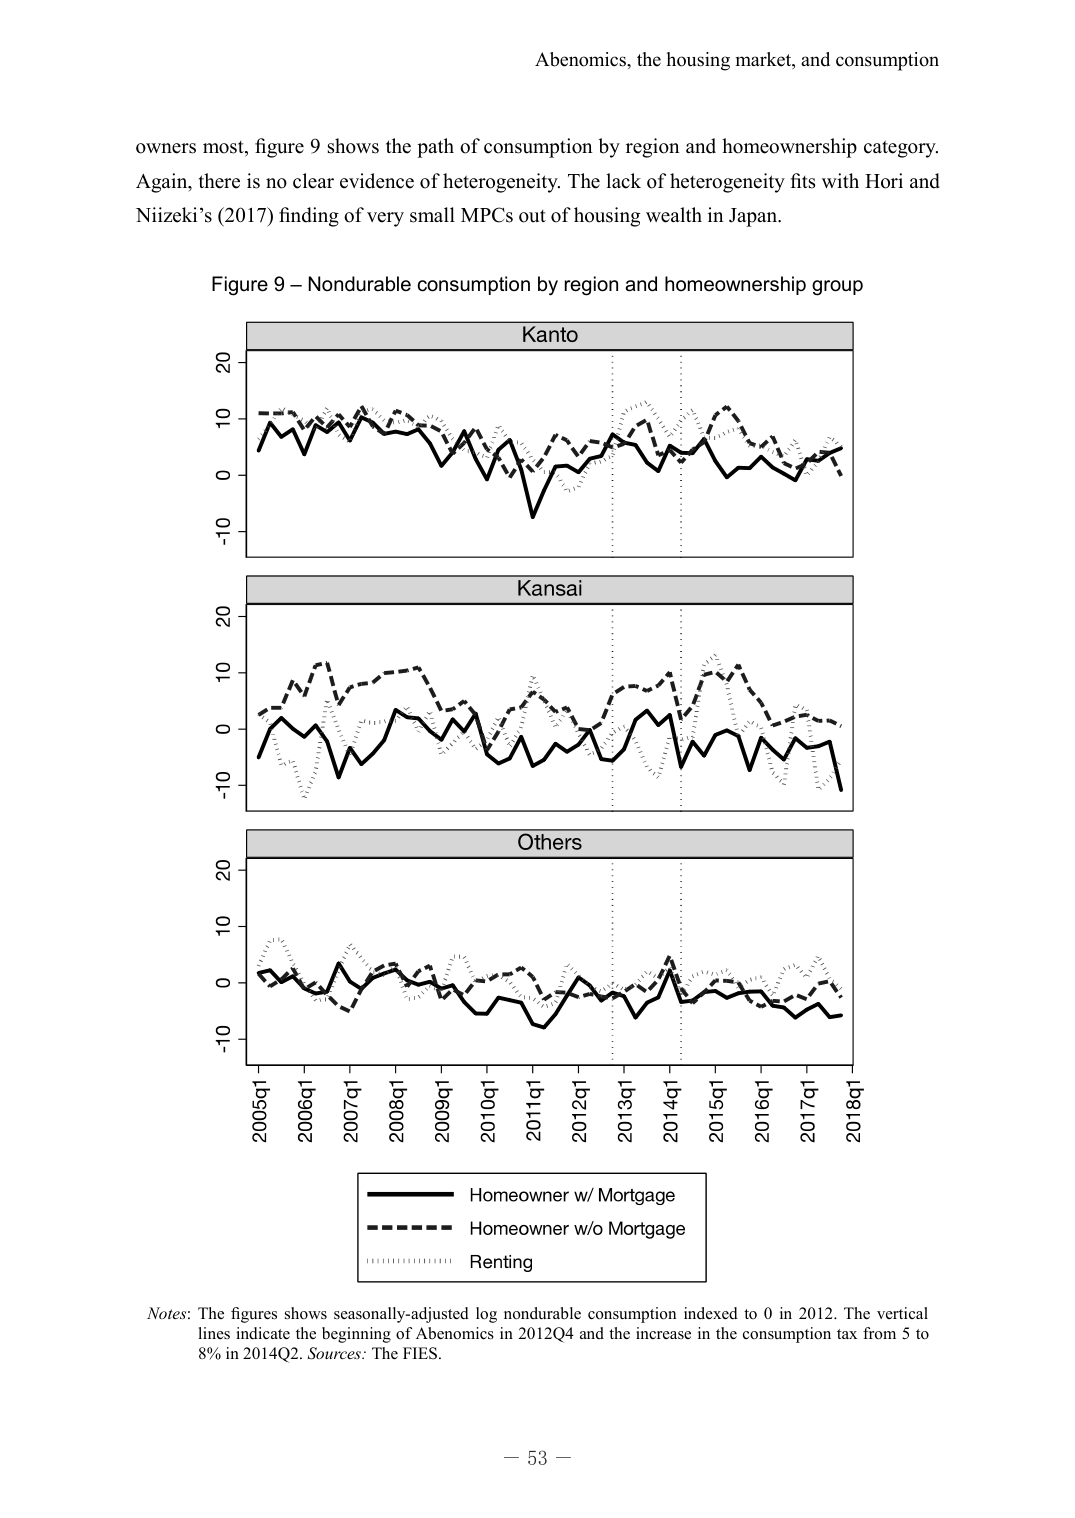
Abenomics, the housing market, and consumption

owners most, figure 9 shows the path of consumption by region and homeownership category. Again, there is no clear evidence of heterogeneity. The lack of heterogeneity fits with Hori and Niizeki’s (2017) finding of very small MPCs out of housing wealth in Japan.

Figure 9 – Nondurable consumption by region and homeownership group

Kanto

Kansai

Others

2005q1 2006q1 2007q1 2008q1 2009q1 2010q1 2011q1 2012q1 2013q1 2014q1 2015q1 2016q1 2017q1 2018q1

Homeowner w/ Mortgage
Homeowner w/o Mortgage
Renting

Notes: The figures shows seasonally-adjusted log nondurable consumption indexed to 0 in 2012. The vertical lines indicate the beginning of Abenomics in 2012Q4 and the increase in the consumption tax from 5 to 8% in 2014Q2. Sources: The FIES.

– 53 –